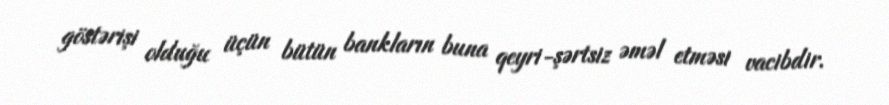
göstərişi olduğu üçün bütün bankların buna qeyri-şərtsiz əməl etməsi vacibdir.